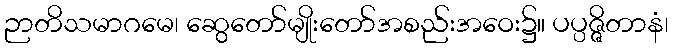
ဉာတိသမာဂမေ၊ ဆွေတော်မျိုးတော်အစည်းအဝေး၌။ ပပ္ပဇ္ဇိတာနံ၊